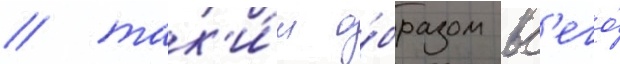
/ так'и́м о́бразом вс'его́